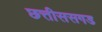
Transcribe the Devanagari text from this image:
छत्तीससगड